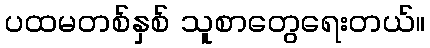
ပထမတစ်နှစ် သူစာတွေရေးတယ်။